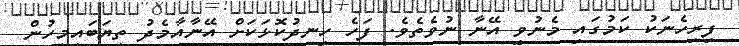
ފިރިހެނަކު ކަމުގައި މެނުވީ އޭނާ ނުވެތެވެ. ފަހެ ހިނދުކޮޅަކަށް އޭނާއާމެދު ތިޔަބައިމީހުން